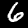
Digit: 6